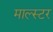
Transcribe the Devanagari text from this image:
माल्स्टर